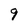
Character: 9